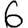
Digit: 6